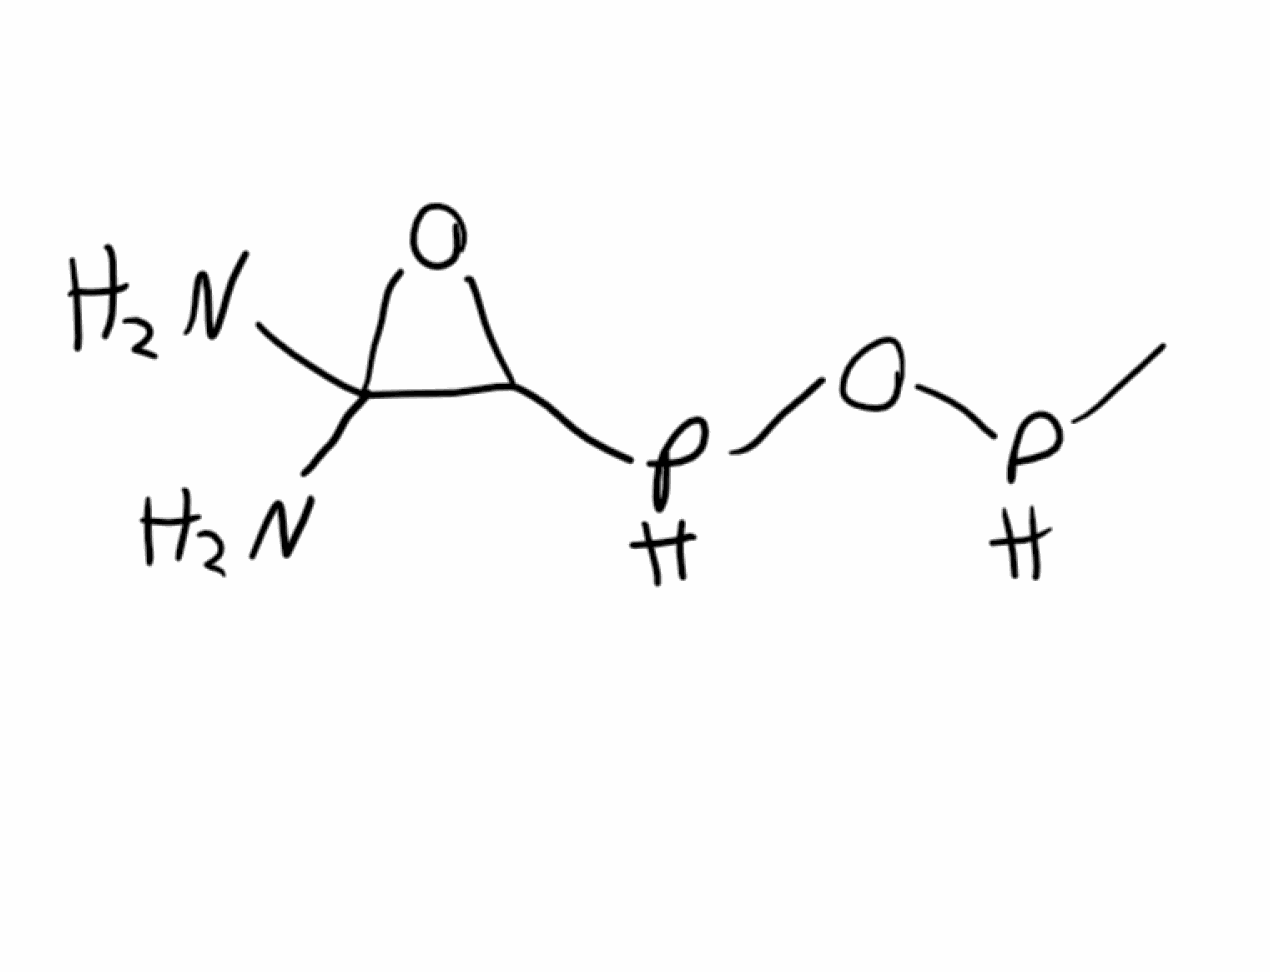
Simplified molecular-input line-entry system (SMILES) notation of the given molecule:
CPOPC1C(O1)(N)N